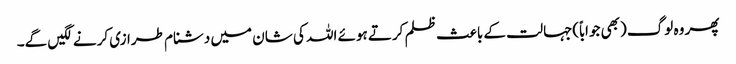
پھر وہ لوگ (بھی جواباً)جہالت کے باعث ظلم کرتے ہوئے اللہ کی شان میں دشنام طرازی کرنے لگیں گے۔